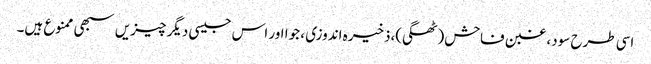
اسی طرح سود، غبن فاحش(ٹھگی)،ذخیرہ اندوزی ، جوا اور اس جیسی دیگر چیزیں سبھی ممنوع ہیں۔